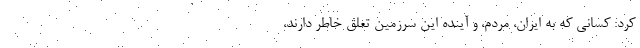
کرد: کسانی که به ایران، مردم، و آینده این سرزمین تعلق خاطر دارند،